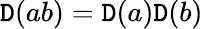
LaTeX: \mathtt{D}(ab)=\mathtt{D}(a)\mathtt{D}(b)